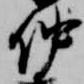
仲